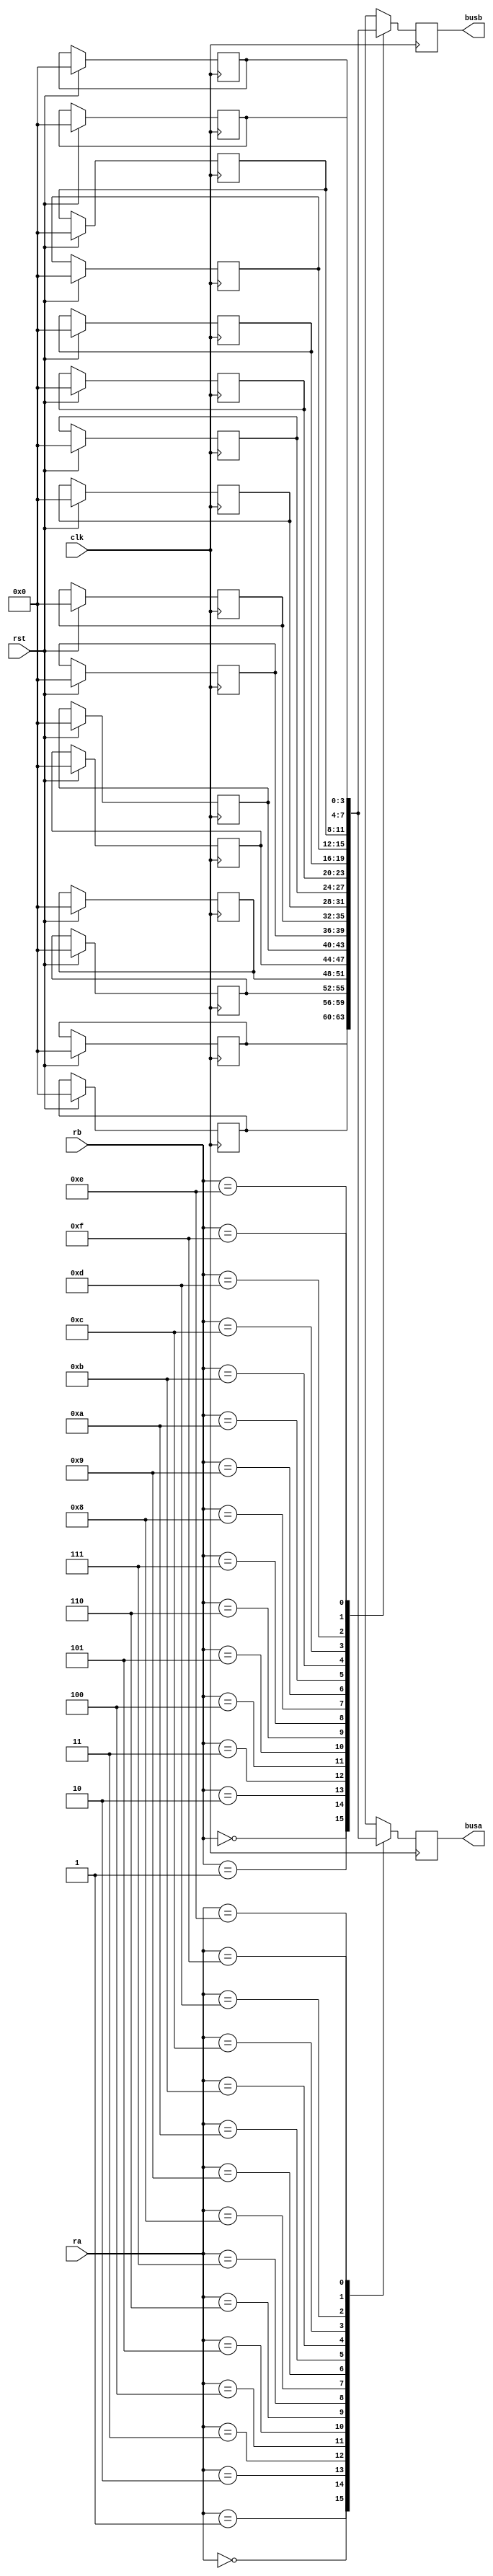
module read_reg(clk, rst, ra, rb, busa, busb);
input clk, rst;
input [3:0] ra, rb;
output reg [3:0] busa, busb;
reg [3:0] register_file [15:0];
integer i;
always @ (posedge clk)
begin
	if(rst==1)
	begin
		for (i = 0; i < 16; i = i + 1) 
		begin
			register_file[i] = 4'b0000; 	
		end
	end
end
always @ (negedge clk)
begin
	busa = register_file[ra];
	busb = register_file[rb];
end

endmodule

module read_reg_tb;
reg [3:0] ra, rb;
reg clk, rst;
wire [3:0] busa, busb;

read_reg t1(clk, rst, ra, rb, busa, busb);

always #5 clk = ~clk;

initial
begin
	clk = 1'b0; rst = 1'b1;
	$monitor("Time=%f, clk=%b, rst =%b, ra=%4b, rb=%4b busa=%4b, busb=%4b", $time, clk, rst, ra, rb, busa, busb);
	#10 rst = 1'b0; ra = 0; rb=1;
	#20 $finish;
end

endmodule